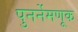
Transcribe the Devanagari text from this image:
पुनर्नेमणूक